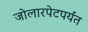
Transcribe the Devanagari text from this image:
जोलारपेटपर्यंत